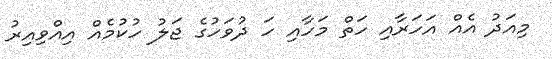
މިއަދު އެއް އަހަރާއި ހަތް މަހާއި ހަ ދުވަހުގެ ޖަލު ހުކުމެއް އިއްވިިއިރު